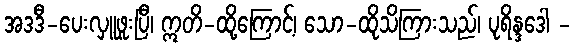
အဒဒီ-ပေးလှူဖူးပြီ၊ ဣတိ-ထို့ကြောင့်၊ သော-ထိုသိကြားသည်၊ ပုရိန္ဒဒေါ -